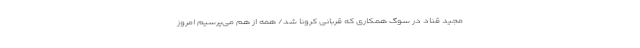
مجید قناد در سوگ همکاری که قربانی کرونا شد/ همه از هم می‌پرسیم امروز